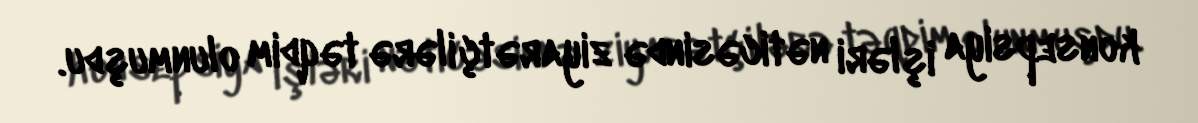
konsepsiya işləri nəticəsində ziyarətçilərə təqdim olunmuşdu.